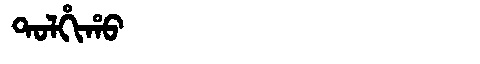
Manchu: ᡨᠣᠯᡥᡳᡥᠣ
Romanization: TOLHIHO